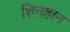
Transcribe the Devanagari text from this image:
शिनहान